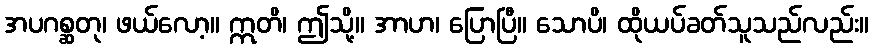
အပဂစ္ဆတု၊ ဖယ်လော့။ ဣတိ၊ ဤသို့။ အာဟ၊ ပြောပြီ။ သောပိ၊ ထိုယပ်ခတ်သူသည်လည်း။